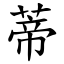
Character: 蒂